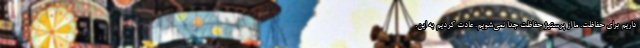
داریم برای حفاظت. ما از پرستیژ حفاظت جدا نمی‌شویم. عادت کردیم به این.